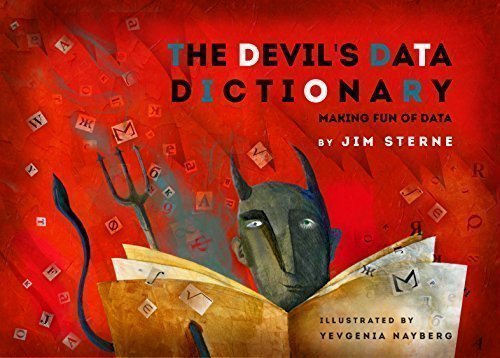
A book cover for The Devil's Data Dictionary; Jim Sterne; Humor & Entertainment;